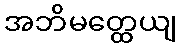
အဘိမတ္ထေယျ